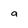
Character: a